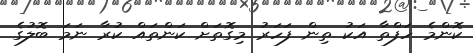
ކޮންމެ ހަފްތާ އަކު ތިން ފަހަރު މިގޮތަށް ކަންތައް ކުރާ ނަމަ ބޮލުގެ